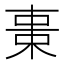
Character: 𣒚